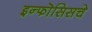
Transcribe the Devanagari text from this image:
इन्फॊसिसचे